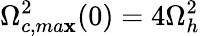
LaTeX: \Omega_{c,ma\mathbf{x}}^{2}(0)=4\Omega_{h}^{2}